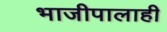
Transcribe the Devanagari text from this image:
भाजीपालाही